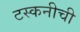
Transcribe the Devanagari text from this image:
टस्कनीची